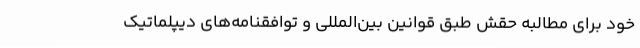
خود برای مطالبه حقش طبق قوانین بین‌المللی و توافقنامه‌های دیپلماتیک